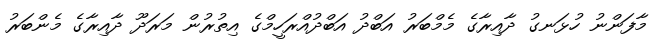
މާފަންނު ހުޅަނގު ދާއިރާގެ މެމްބަރު އަބްދު އަބްދުއްރަހީމްގެ އިތުރުން މަރަދޫ ދާއިރާގެ މެންބަރު